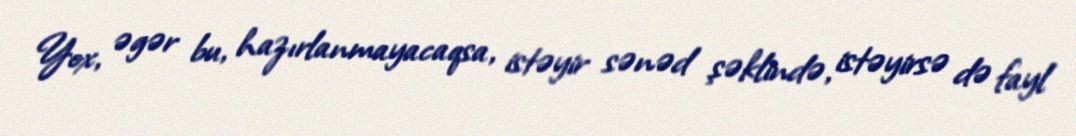
Yox, əgər bu, hazırlanmayacaqsa, istəyir sənəd şəklində, istəyirsə də fayl